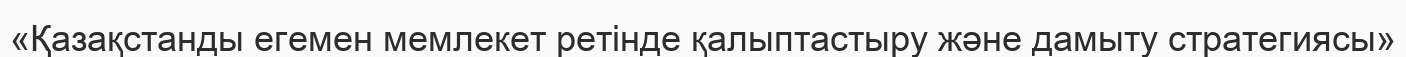
«Қазақстанды егемен мемлекет ретінде қалыптастыру және дамыту стратегиясы»